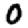
Digit: 0